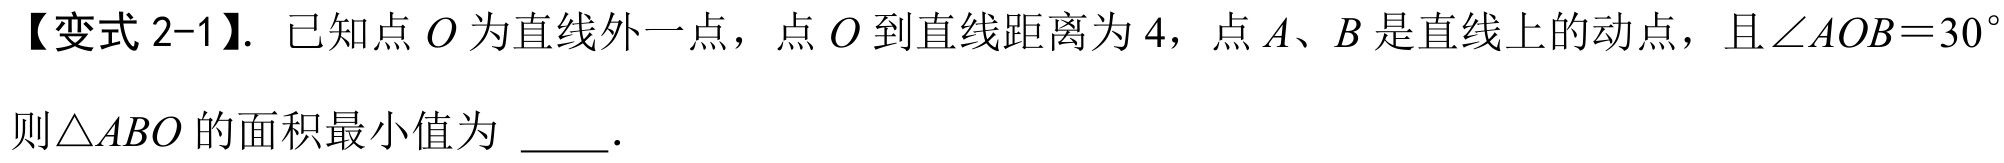
【变式 2-1】. 已知点 \(O\) 为直线外一点，点 \(O\) 到直线距离为 \(4\)，点 \(A\)、\(B\) 是直线上的动点，且\(\angle AOB = 30^{\circ}\)
则\(\triangle ABO\) 的面积最小值为  ．